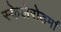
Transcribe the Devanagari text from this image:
स्केलेरोडर्मा